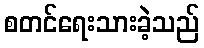
စတင်ရေးသားခဲ့သည်